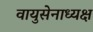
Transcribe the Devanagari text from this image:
वायुसेनाध्यक्ष